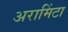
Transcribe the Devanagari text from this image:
अरामिंटा